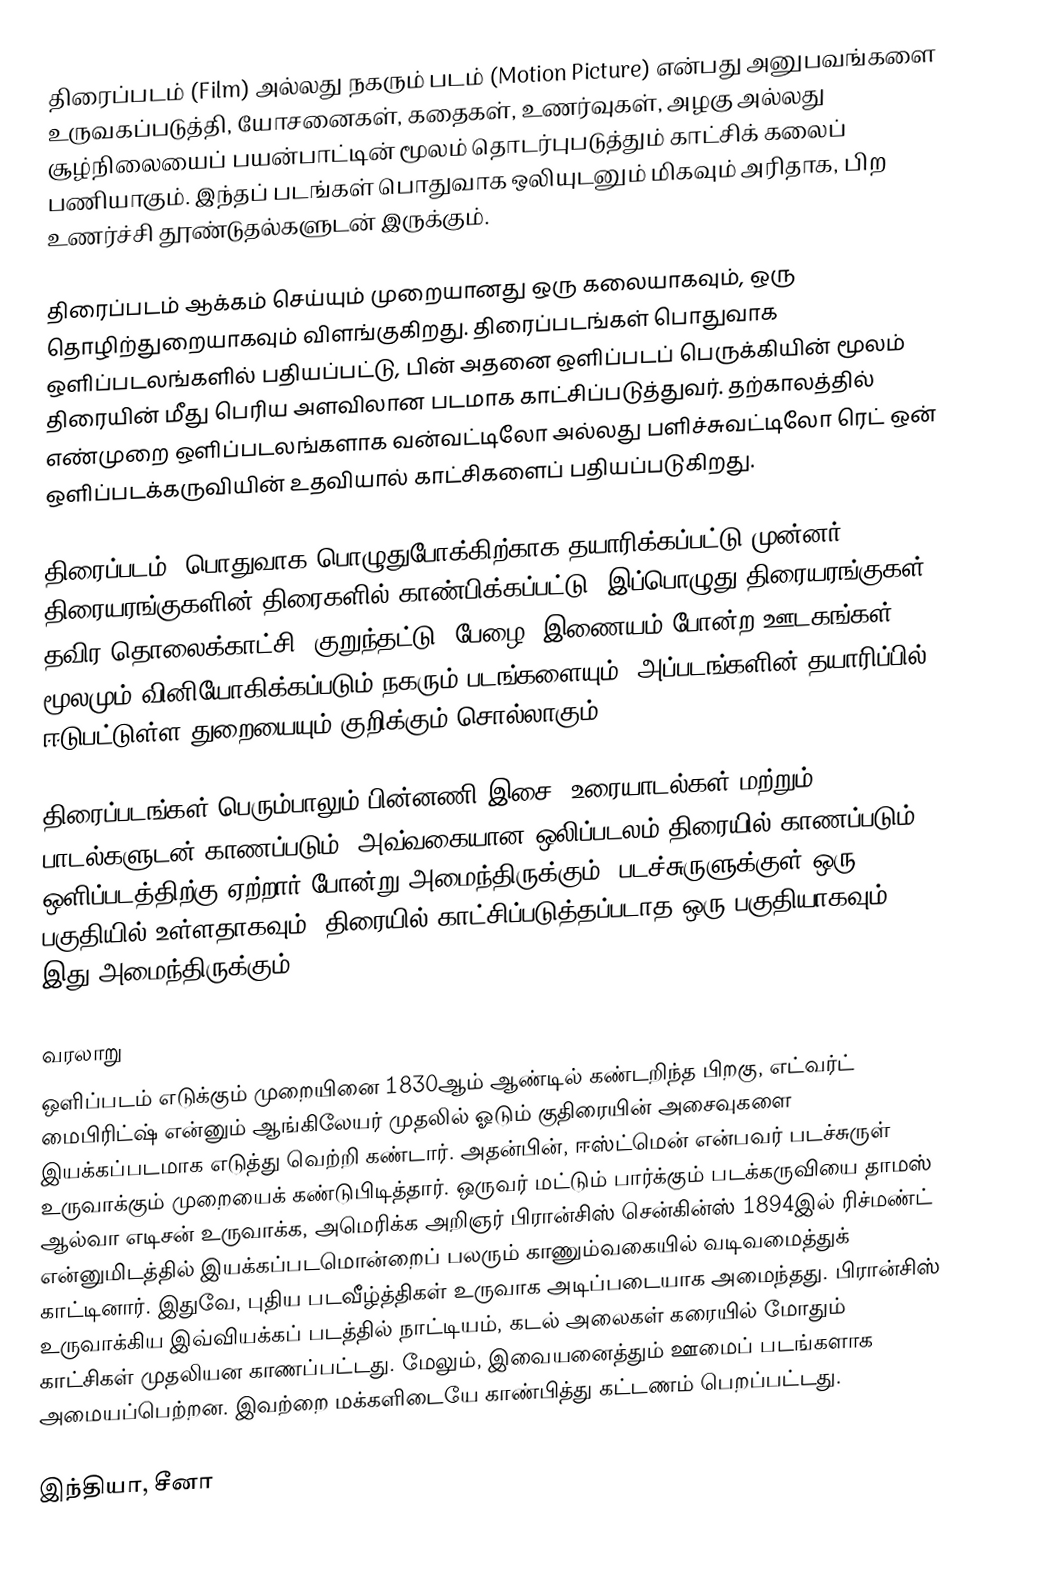
திரைப்படம் (Film) அல்லது நகரும் படம் (Motion Picture) என்பது அனுபவங்களை உருவகப்படுத்தி, யோசனைகள், கதைகள், உணர்வுகள், அழகு அல்லது சூழ்நிலையைப் பயன்பாட்டின் மூலம் தொடர்புபடுத்தும் காட்சிக் கலைப் பணியாகும்.  இந்தப் படங்கள் பொதுவாக ஒலியுடனும் மிகவும் அரிதாக, பிற உணர்ச்சி தூண்டுதல்களுடன் இருக்கும்.

திரைப்படம் ஆக்கம் செய்யும் முறையானது ஒரு கலையாகவும், ஒரு தொழிற்துறையாகவும் விளங்குகிறது. திரைப்படங்கள் பொதுவாக ஒளிப்படலங்களில் பதியப்பட்டு, பின் அதனை ஒளிப்படப் பெருக்கியின் மூலம் திரையின் மீது பெரிய அளவிலான படமாக காட்சிப்படுத்துவர். தற்காலத்தில் எண்முறை ஒளிப்படலங்களாக வன்வட்டிலோ அல்லது பளிச்சுவட்டிலோ ரெட் ஒன் ஒளிப்படக்கருவியின் உதவியால் காட்சிகளைப் பதியப்படுகிறது.

திரைப்படம், பொதுவாக பொழுதுபோக்கிற்காக தயாரிக்கப்பட்டு முன்னர் திரையரங்குகளின் திரைகளில் காண்பிக்கப்பட்டு, இப்பொழுது திரையரங்குகள் தவிர தொலைக்காட்சி, குறுந்தட்டு, பேழை, இணையம் போன்ற ஊடகங்கள் மூலமும் வினியோகிக்கப்படும் நகரும் படங்களையும், அப்படங்களின் தயாரிப்பில் ஈடுபட்டுள்ள துறையையும் குறிக்கும் சொல்லாகும்.

திரைப்படங்கள் பெரும்பாலும் பின்னணி இசை, உரையாடல்கள் மற்றும் பாடல்களுடன் காணப்படும். அவ்வகையான ஒலிப்படலம் திரையில் காணப்படும் ஒளிப்படத்திற்கு ஏற்றார் போன்று அமைந்திருக்கும். படச்சுருளுக்குள் ஒரு பகுதியில் உள்ளதாகவும், திரையில் காட்சிப்படுத்தப்படாத ஒரு பகுதியாகவும் இது அமைந்திருக்கும்.

வரலாறு
ஒளிப்படம் எடுக்கும் முறையினை 1830ஆம் ஆண்டில் கண்டறிந்த பிறகு, எட்வர்ட் மைபிரிட்ஷ் என்னும் ஆங்கிலேயர் முதலில் ஓடும் குதிரையின் அசைவுகளை இயக்கப்படமாக எடுத்து வெற்றி கண்டார். அதன்பின், ஈஸ்ட்மென் என்பவர் படச்சுருள் உருவாக்கும் முறையைக் கண்டுபிடித்தார். ஒருவர் மட்டும் பார்க்கும் படக்கருவியை தாமஸ் ஆல்வா எடிசன் உருவாக்க, அமெரிக்க அறிஞர் பிரான்சிஸ் சென்கின்ஸ் 1894இல் ரிச்மண்ட் என்னுமிடத்தில் இயக்கப்படமொன்றைப் பலரும் காணும்வகையில் வடிவமைத்துக் காட்டினார். இதுவே, புதிய படவீழ்த்திகள் உருவாக அடிப்படையாக அமைந்தது. பிரான்சிஸ் உருவாக்கிய இவ்வியக்கப் படத்தில் நாட்டியம், கடல் அலைகள் கரையில் மோதும் காட்சிகள் முதலியன காணப்பட்டது. மேலும், இவையனைத்தும் ஊமைப் படங்களாக அமையப்பெற்றன. இவற்றை மக்களிடையே காண்பித்து கட்டணம் பெறப்பட்டது.

இந்தியா, சீனா